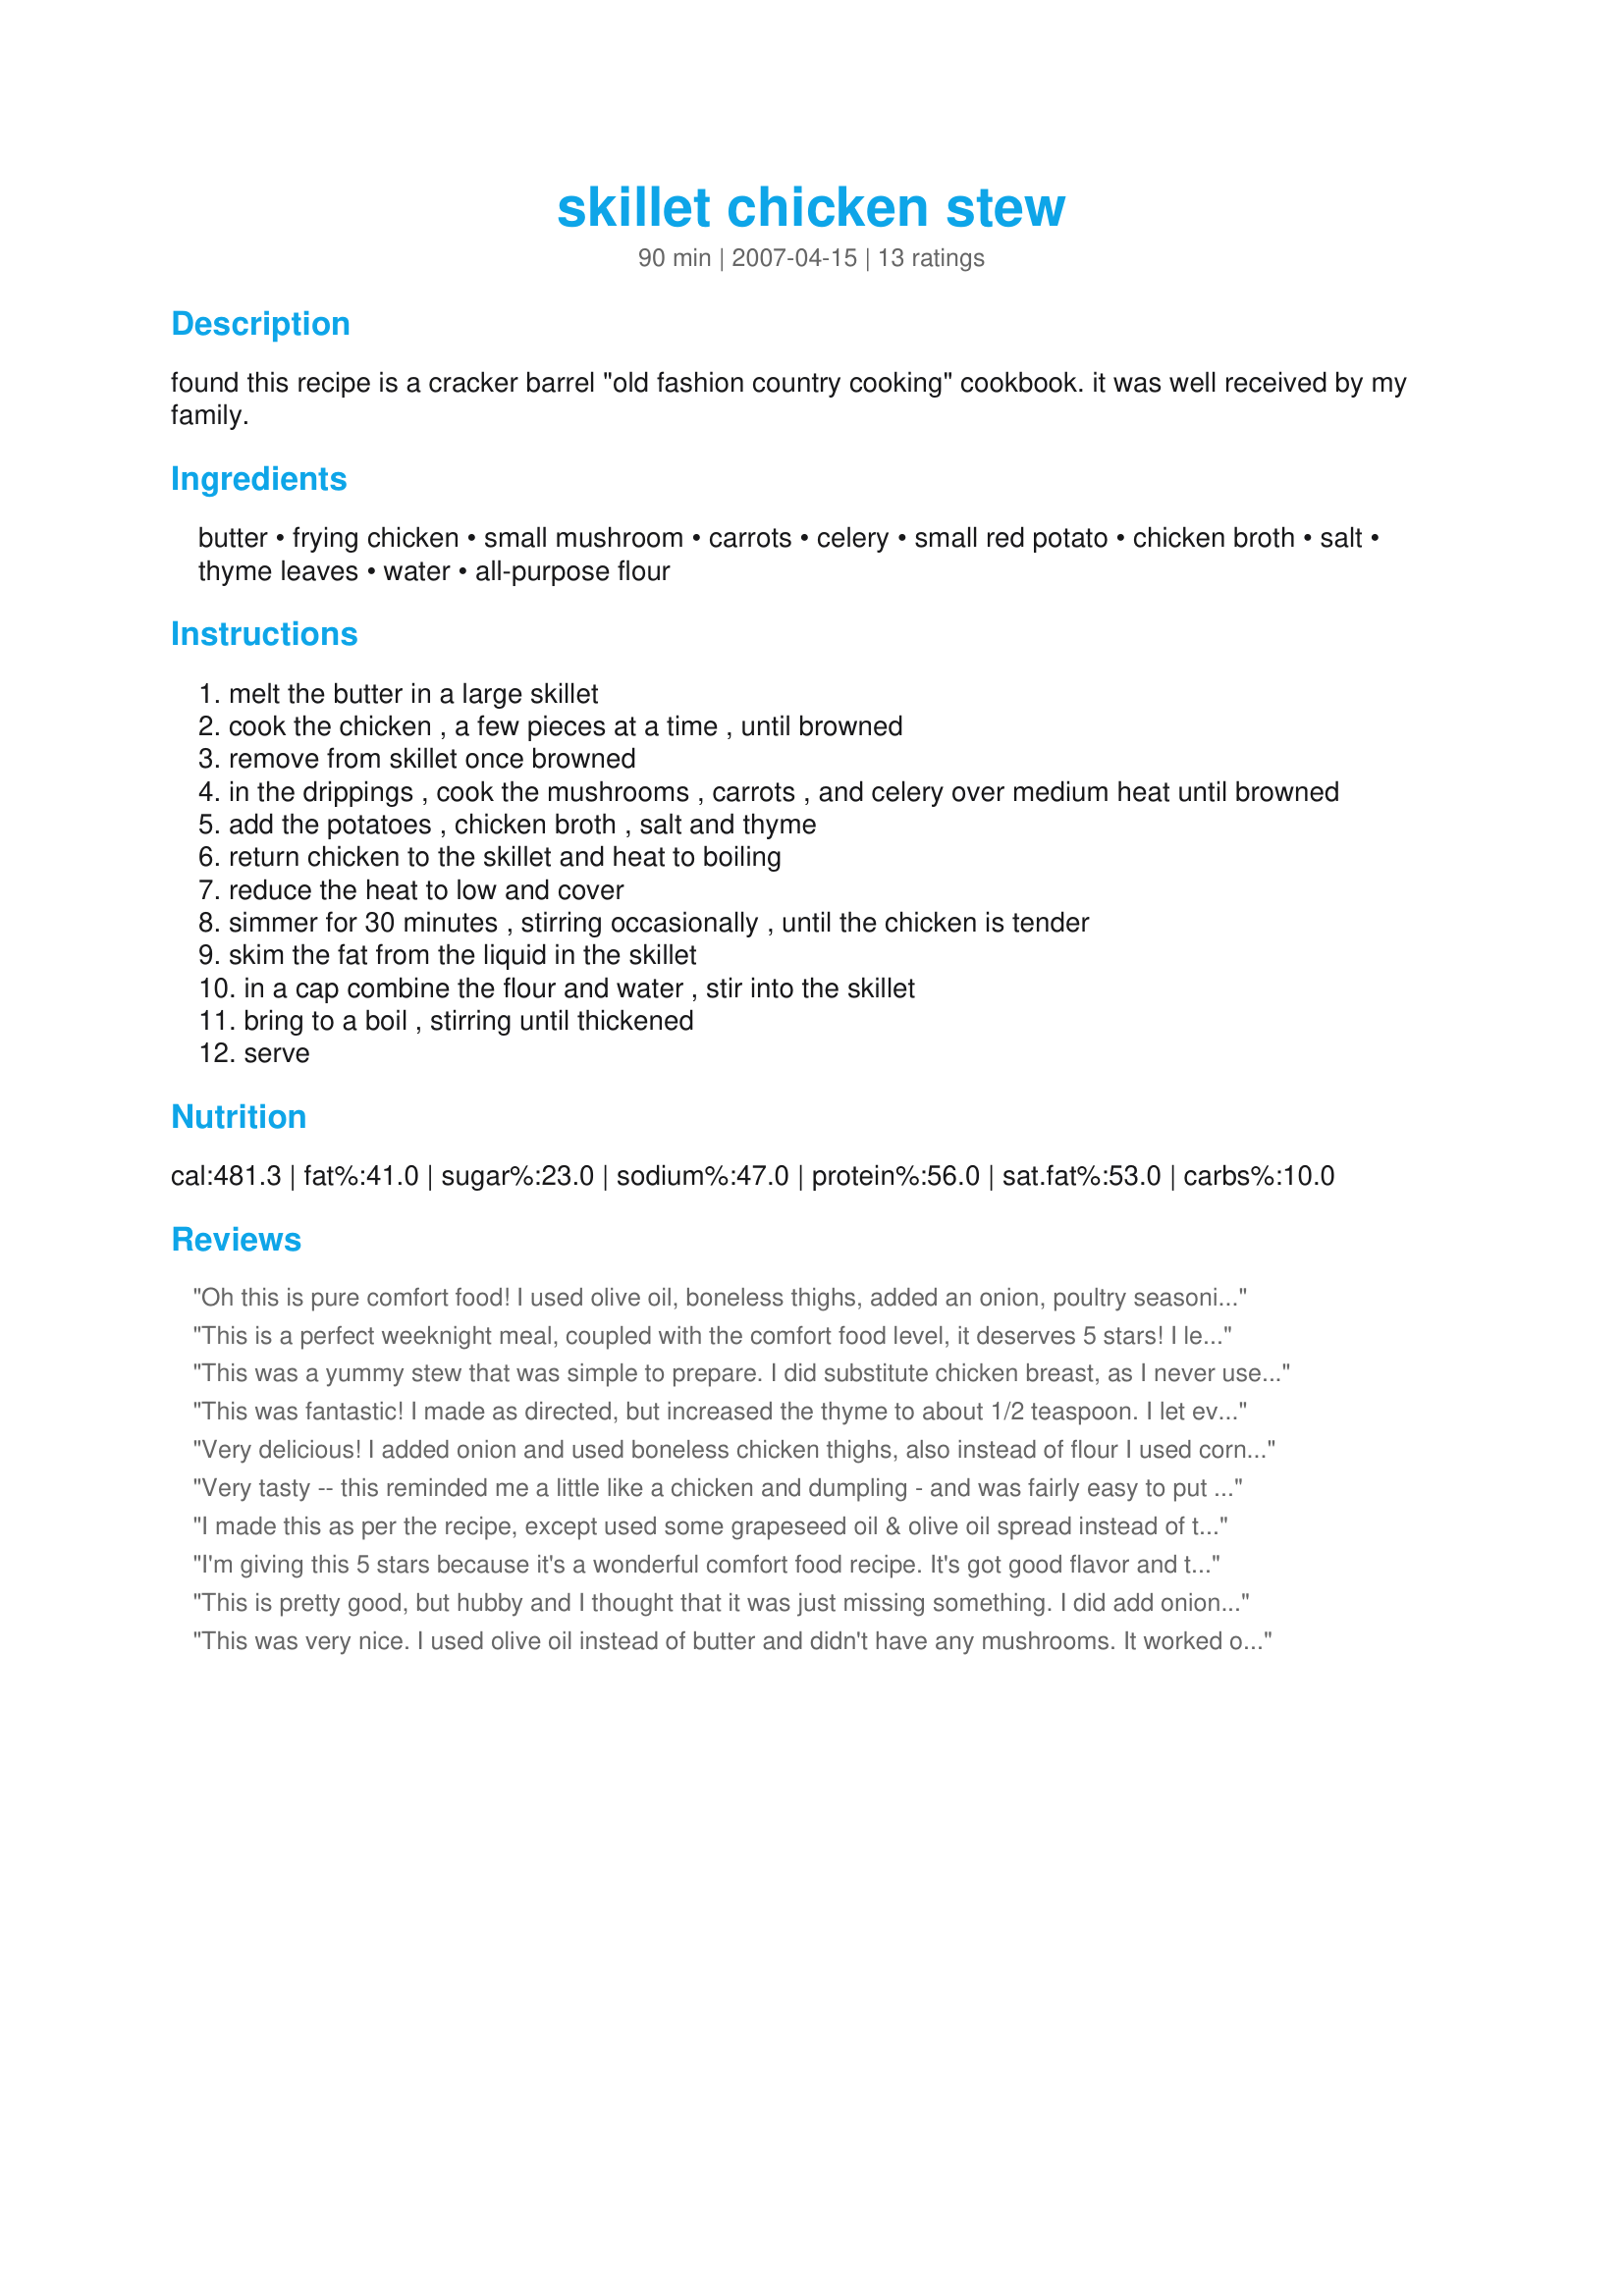
skillet chicken stew
Preparation time: 90 minutes

found this recipe is a cracker barrel "old fashion country cooking" cookbook. it was well received by my family.

Ingredients:
butter, frying chicken, small mushroom, carrots, celery, small red potato, chicken broth, salt, thyme leaves, water, all-purpose flour

Steps:
melt the butter in a large skillet
cook the chicken , a few pieces at a time , until browned
remove from skillet once browned
in the drippings , cook the mushrooms , carrots , and celery over medium heat until browned
add the potatoes , chicken broth , salt and thyme
return chicken to the skillet and heat to boiling
reduce the heat to low and cover
simmer for 30 minutes , stirring occasionally , until the chicken is tender
skim the fat from the liquid in the skillet
in a cap combine the flour and water , stir into the skillet
bring to a boil , stirring until thickened
serve

Reviews:
Oh this is pure comfort food! I used olive oil, boneless thighs, added an onion, poultry seasoning and savory. Yum!
This is a perfect weeknight meal, coupled with the comfort food level, it deserves 5 stars! I left out the mushrooms (personal preference) and used baby cut carrots. Simmered it for about 45 minutes as we like our veggies and chicken very done. A winner and one that I will turn to again and again. Thanks, Maryland Jim, for posting. Sue
This was a yummy stew that was simple to prepare. I did substitute chicken breast, as I never use whole chicken, I also added some herbs to spice it up a little.
This was fantastic! I made as directed, but increased the thyme to about 1/2 teaspoon. I let everyone add the amount of Kosher salt they wanted at the table. I will be making this one again. Made for ADOPT A TAG, from the game FOOTBALL POOL
Very delicious! I added onion and used boneless chicken thighs, also instead of flour I used cornstarch. Definitely a keeper!
Very tasty -- this reminded me a little like a chicken and dumpling - and was fairly easy to put together. I did use skinless chicken thighs - as that was what I had on hand. Excellent recipe!
I made this as per the recipe, except used some grapeseed oil & olive oil spread instead of the butter. I also added some frozen corn in the last 5 minutes. Everything worked perfectly & gave us a lovely dinner. Made for PAC Fall 2007.
I'm giving this 5 stars because it's a wonderful comfort food recipe. It's got good flavor and the chicken is very tender. I peeled the red potatoes and omitted the mushrooms to suit our tastes. The whole family enjoyed this meal-in-one. Thanks!!
This is pretty good, but hubby and I thought that it was just missing something. I did add onions thinking that might have been it, but it wasn't. Perhaps some poultry seasoning next time might liven it up. There will be a next time because it was easy and good, but it could use some improvement.
This was very nice. I used olive oil instead of butter and didn't have any mushrooms. It worked out very well and my teenage son likes it also.
Wow, talk about comfort foods! This was stick-to-your-ribs delicious! I didn't have thyme, (no pun intended...) and instead substituted a dab of fresh rosemary and oregano. It worked just fine. This is truly country cooking at its best. Thanks, Jim, for posting, and congrats on the Football Pool win!
This was really good. I changed a few things like used chicken breasts instead of a whole chicken and I left out mushrooms because we don't like them. Made for ZWT5 - Jammin Java Jivers.
ZWT 5 the Dining Daredevils family pick. Can you say amazing! I have nothing to complain about. Ususall, when it comes to chicken I get a little lazy, but not this time. It is fantastic.
